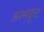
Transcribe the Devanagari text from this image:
अश्मकूट